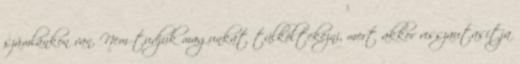
számlánkon van. Nem tudjuk magunkat túlköltekezni, mert akkor visszautasítja